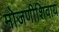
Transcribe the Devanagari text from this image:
मोजणीशिवाय